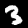
Digit: 3